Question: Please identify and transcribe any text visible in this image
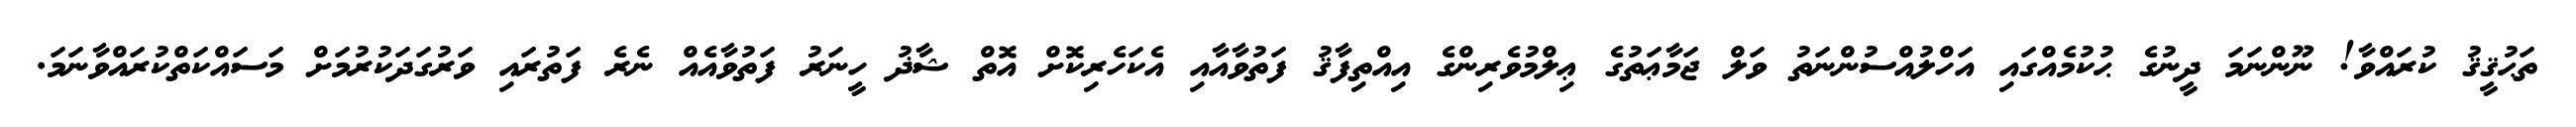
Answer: ތަޙުޤީޤު ކުރައްވާ! ނޫންނަމަ ދީނުގެ ޙުކުމެއްގައި އަހްލުއްސުންނަތު ވަލް ޖަމާޢަތުގެ ޢިލްމުވެރިންގެ އިއްތިފާޤު ފަތުވާއާއި އެކަހެރިކޮށް އޮތް ޝާޛު ހީނަރު ފަތުވާއެއް ނެރެ ފަތުރައި ވަރުގަދަކުރުމަށް މަސައްކަތްކުރައްވާނަމަ.